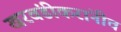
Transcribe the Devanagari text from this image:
खरवंडीकरांनीच